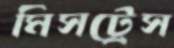
মিসট্রেস